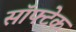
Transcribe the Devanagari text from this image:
सॉफ्टेक